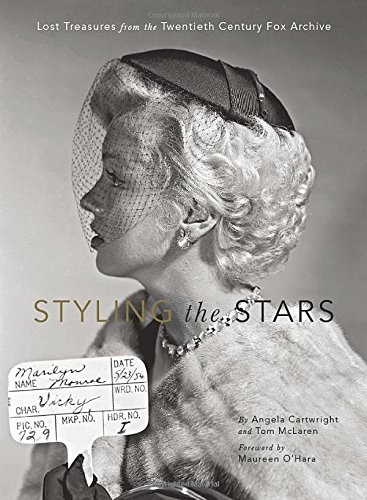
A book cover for Styling the Stars: Lost Treasures from the Twentieth Century Fox Archive; Angela Cartwright; Arts & Photography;